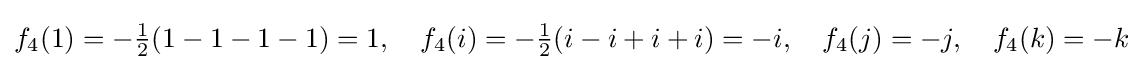
f_{4}(1)=-{\tfrac {1}{2}}(1-1-1-1)=1,\quad f_{4}(i)=-{\tfrac {1}{2}}(i-i+i+i)=-i,\quad f_{4}(j)=-j,\quad f_{4}(k)=-k